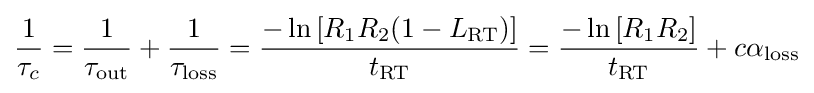
{\frac {1}{\tau _{c}}}={\frac {1}{\tau _{\rm {out}}}}+{\frac {1}{\tau _{\rm {loss}}}}={\frac {-\ln {[R_{1}R_{2}(1-L_{\rm {RT}})]}}{t_{\rm {RT}}}}={\frac {-\ln {[R_{1}R_{2}]}}{t_{\rm {RT}}}}+c\alpha _{\rm {loss}}